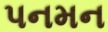
પનમન